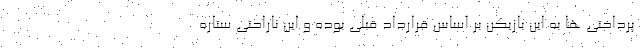
پرداختی ها به این بازیکن بر اساس قرارداد قبلی بوده و این ناراحتی ستاره